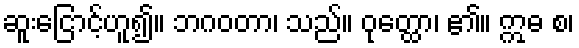
ဆူးငြောင့်ဟူ၍။ ဘဂဝတာ၊ သည်။ ဝုတ္ထော၊ ၏။ ဣဓ စ၊